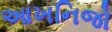
આખનિજો